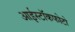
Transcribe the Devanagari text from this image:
आईस्टॉकफोटो